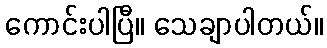
ကောင်းပါပြီ။ သေချာပါတယ်။